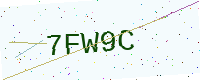
Text: 7FW9C